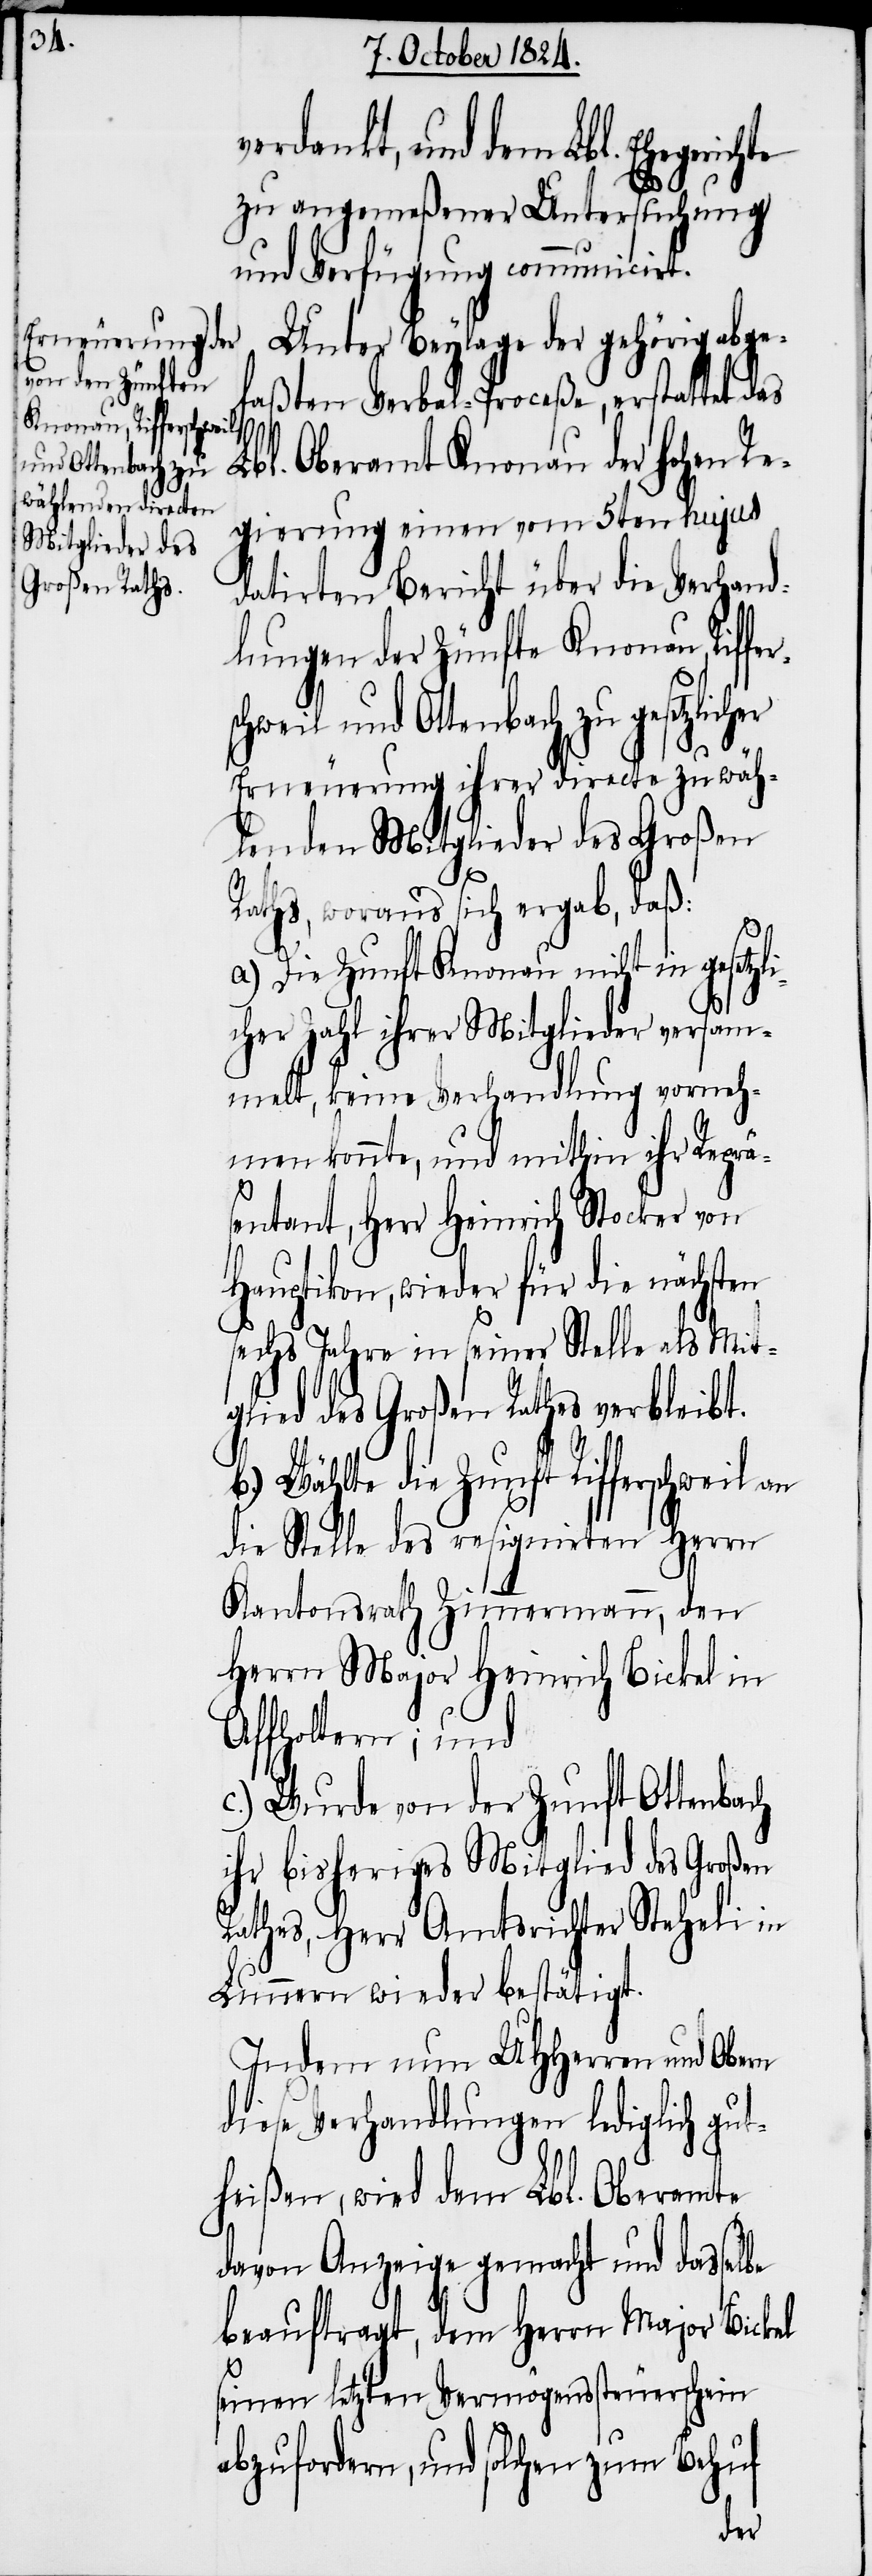
Knonau, Rifferschweil
und Ottenbach zu

verdankt, und dem Lbl. Ehegeric¬
zu angemeßener Untersuchung
und Verfügung communicirt.
Unter Beylage der gehörig abge¬
faßten Verbal-Proceße, erstattet das
Lbl. Oberamt Knonau der hohen Re¬
gierung einen vom 5ten hujus
datirten Bericht über die Verhand¬
lungen der Zünfte
Erneuerung ihrer directe zu wäh¬
lenden Mitglieder des Großen
Raths, woraus sich ergab, daß:
a.) Die Zunft Knonau nicht in gesetzli¬
cher Zahl ihrer Mitglieder versam¬
melt, keine Verhandlung vorneh¬
men konnte, und mithin ihr Reprä¬
hte
sentant, Herr Heinrich Stocker von
Hauptikon, wieder für die nächsten
sechs Jahre in seiner Stelle als Mit¬
glied des großen Raths verbleibt.
Wählte die Zunft Rifferschweil an
die Stelle des resignirten Herrn
Kantonsrath Zimmermann, den
Herrn Major Heinrich Bickel in
Affholtern; und
c.) Wurde von der Zunft Ottenbach
ihr bisheriges Mitglied des Großen
Rathes, Herr Amtsrichter Steheli in
Lunnern wieder bestätigt.
Indem nun UHHerren und Obern
diese Verhandlungen lediglich gut¬
heißen, wird dem Lbl. Oberamte
davon Anzeige gemacht und dasselbe
beauftragt, dem Herrn Major Bickel
seinen letzten Vermögenssteuerschein
abzufordern, und solchen zum Behuf